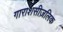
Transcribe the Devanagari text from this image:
गाराशसीज़लिक